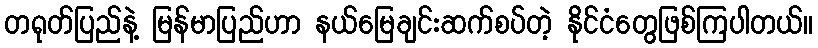
တရုတ်ပြည်နဲ့ မြန်မာပြည်ဟာ နယ်မြေချင်းဆက်စပ်တဲ့ နိုင်ငံတွေဖြစ်ကြပါတယ်။